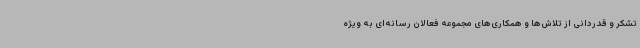
تشکر و قدردانی از تلاش‌ها و همکاری‌های مجموعه فعالان رسانه‌ای به ویژه